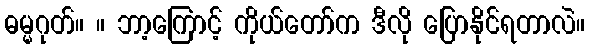
ဓမ္မဂုတ်။ ။ ဘာ့ကြောင့် ကိုယ်တော်က ဒီလို ပြောနိုင်ရတာလဲ။